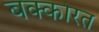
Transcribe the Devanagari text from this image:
बक्कारत